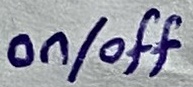
Text: on/off